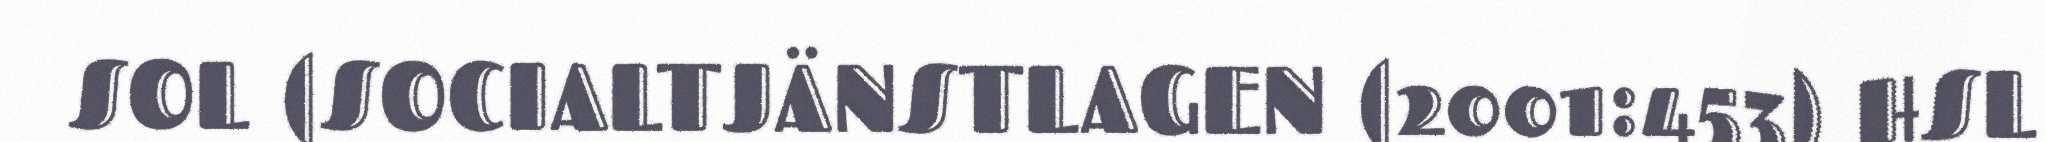
SOL (SOCIALTJÄNSTLAGEN (2001:453) HSL